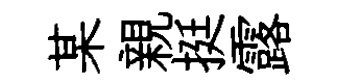
某親挺露